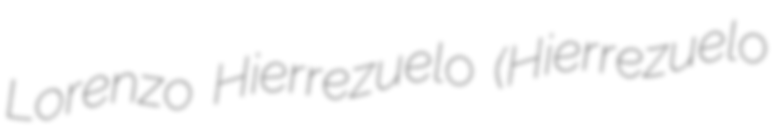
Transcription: Lorenzo Hierrezuelo (Hierrezuelo